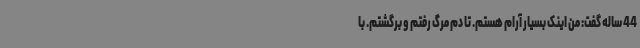
44 ساله گفت: من اینک بسیار آرام هستم. تا دم مرگ رفتم و برگشتم. با